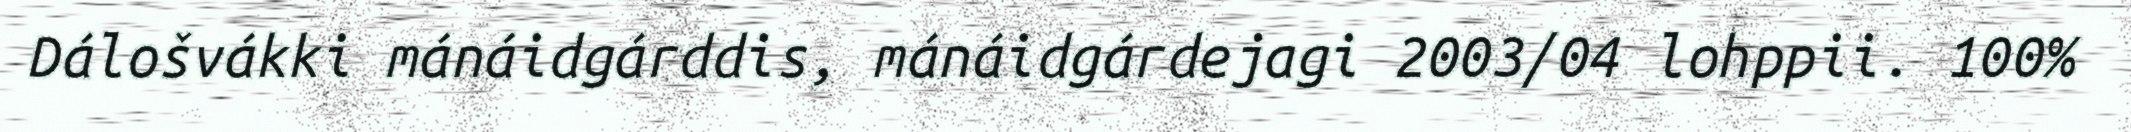
Dálošvákki mánáidgárddis, mánáidgárdejagi 2003/04 lohppii. 100%